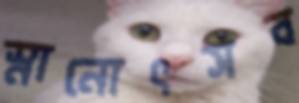
স্নানোৎসব